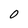
Character: O